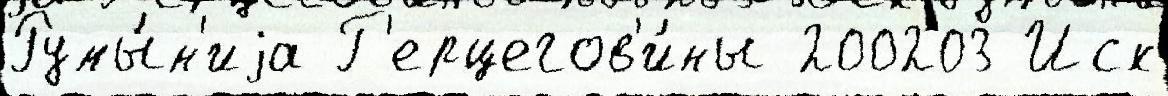
Румы́н'иjа Г'ерцегов'и́ны 200203 Иск